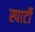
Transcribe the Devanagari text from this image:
स्पार्टी